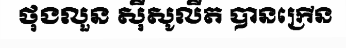
ថុងលួន ស៊ីសូលីត បានក្រើន